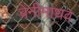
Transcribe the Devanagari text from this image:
बेनीमाधव